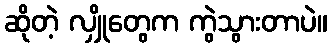
ဆိုတဲ့ လျှိုတွေက ကွဲသွားတာပဲ။